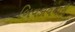
બિવડાવનારી